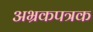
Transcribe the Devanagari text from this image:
अभ्रकपत्रक